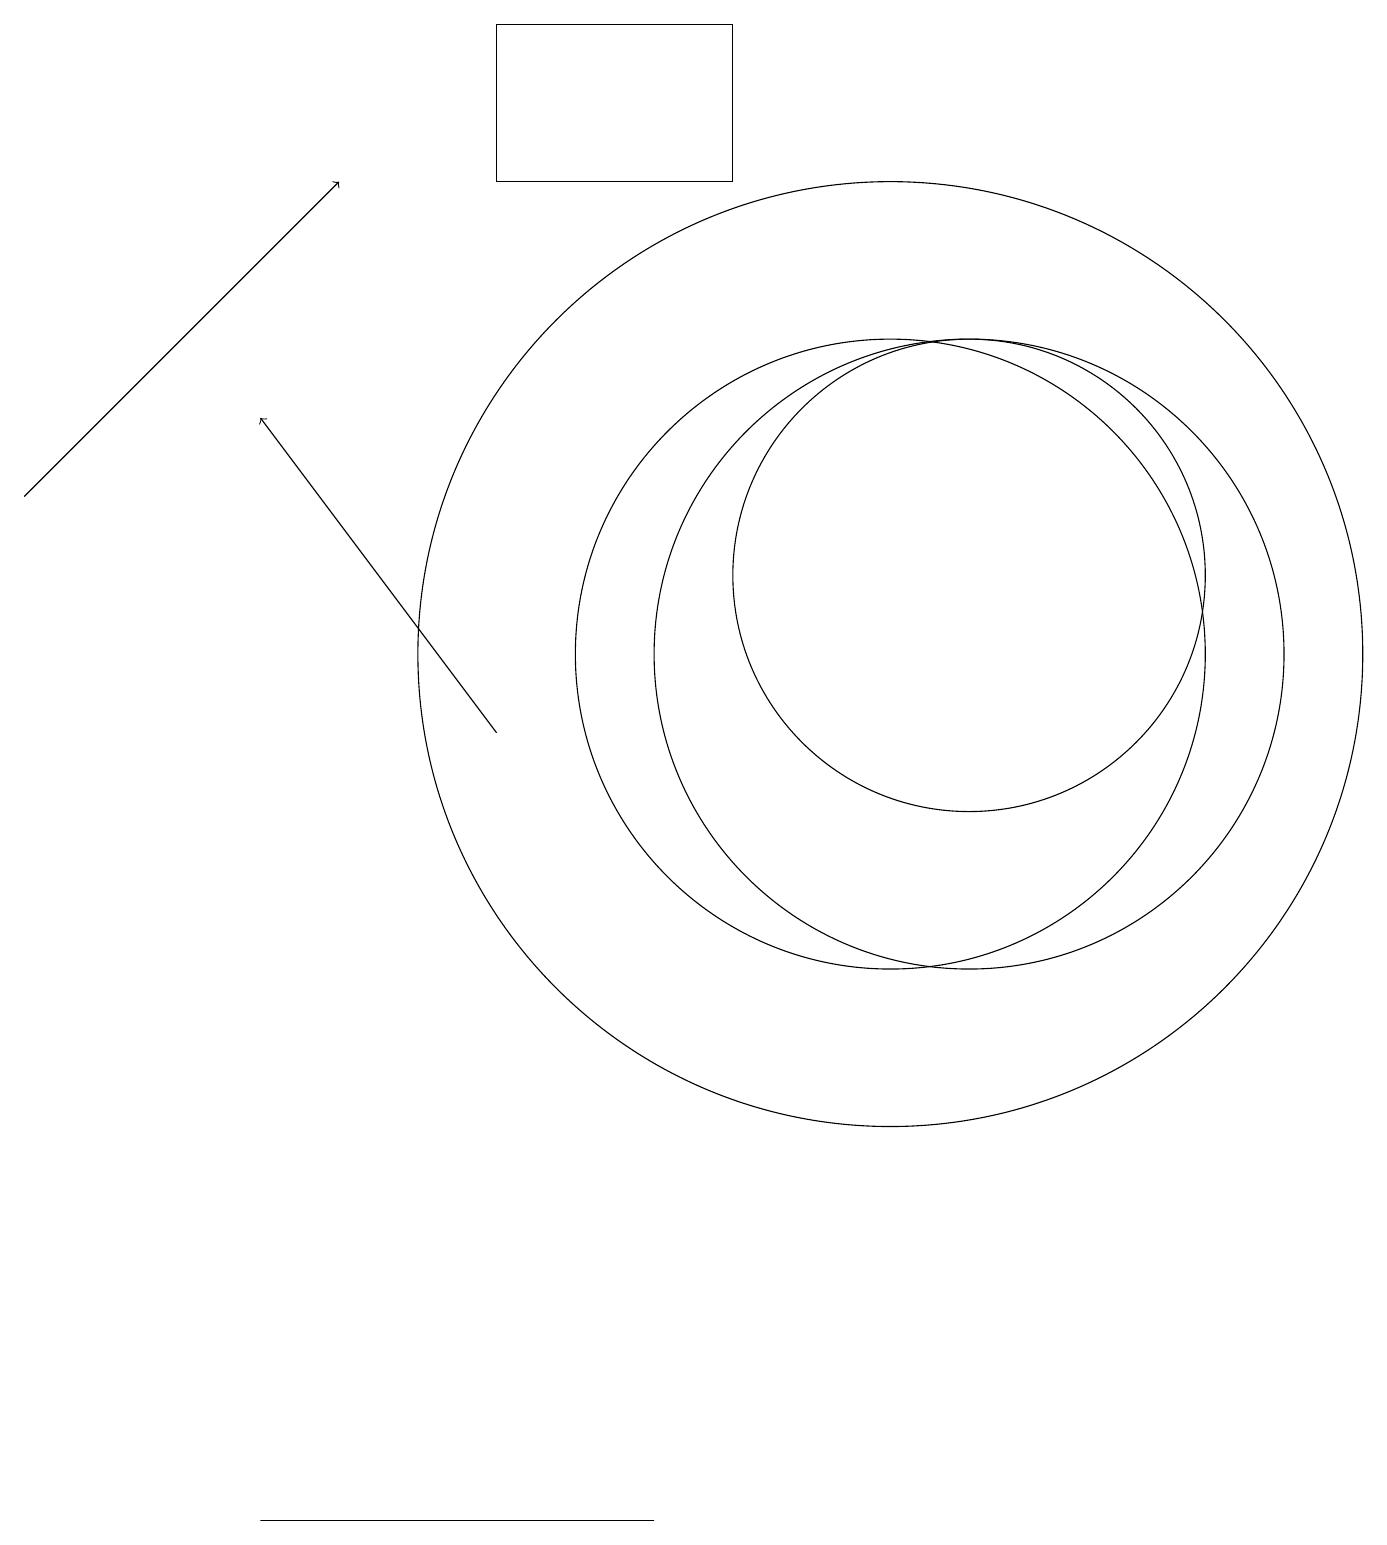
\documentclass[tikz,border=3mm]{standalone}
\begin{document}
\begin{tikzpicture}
\draw (8,0) -- (3,0) -- (3,0) -- cycle;
\draw[->] (0,13) -- (4,17);
\draw (11,11) circle (4);
\draw (11,11) circle (6);
\draw (12,11) circle (4);
\draw (9,17) rectangle (6,19);
\draw (12,12) circle (3);
\draw[->] (6,10) -- (3,14);
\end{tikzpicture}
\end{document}